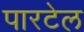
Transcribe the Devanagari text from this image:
पारटेल